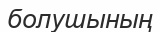
болушының